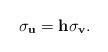
LaTeX: \begin{align*}\sigma_{\mathbf u}={\mathbf h}\sigma_{\mathbf v}. \end{align*}